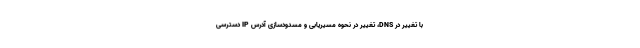
با تغییر در DNS، تغییر در نحوه مسیریابی و مسدودسازی آدرس IP دسترسی